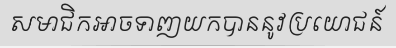
សមាជិកអាចទាញយកបាននូវប្រយោជន៍